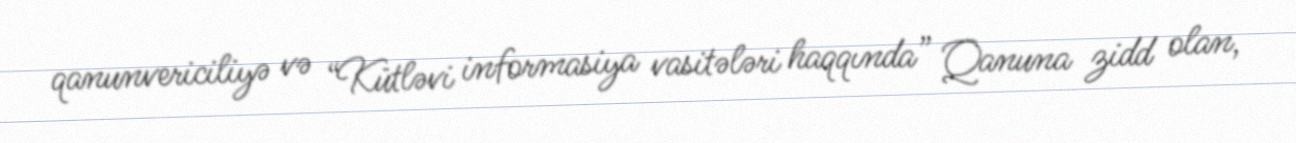
qanunvericiliyə və “Kütləvi informasiya vasitələri haqqında” Qanuna zidd olan,